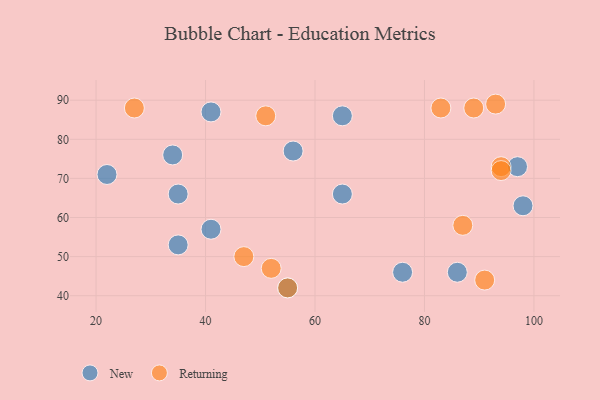
{"axis": {"x": "GDP", "y": "Life Expectancy"}, "legend": ["New", "Returning"], "data": [{"x": "55", "y": 42, "type": "New"}, {"x": "65", "y": 66, "type": "New"}, {"x": "76", "y": 46, "type": "New"}, {"x": "35", "y": 66, "type": "New"}, {"x": "22", "y": 71, "type": "New"}, {"x": "56", "y": 77, "type": "New"}, {"x": "41", "y": 57, "type": "New"}, {"x": "35", "y": 53, "type": "New"}, {"x": "98", "y": 63, "type": "New"}, {"x": "34", "y": 76, "type": "New"}, {"x": "65", "y": 86, "type": "New"}, {"x": "97", "y": 73, "type": "New"}, {"x": "41", "y": 87, "type": "New"}, {"x": "86", "y": 46, "type": "New"}, {"x": "93", "y": 89, "type": "Returning"}, {"x": "94", "y": 73, "type": "Returning"}, {"x": "83", "y": 88, "type": "Returning"}, {"x": "52", "y": 47, "type": "Returning"}, {"x": "55", "y": 42, "type": "Returning"}, {"x": "87", "y": 58, "type": "Returning"}, {"x": "51", "y": 86, "type": "Returning"}, {"x": "47", "y": 50, "type": "Returning"}, {"x": "27", "y": 88, "type": "Returning"}, {"x": "94", "y": 72, "type": "Returning"}, {"x": "91", "y": 44, "type": "Returning"}, {"x": "89", "y": 88, "type": "Returning"}]}